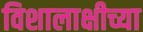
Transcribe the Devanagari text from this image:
विशालाक्षीच्या